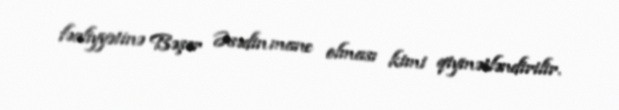
fəaliyyətinə Bəşər Əsədin mane olması kimi qiymətləndirilir.